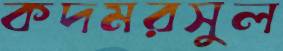
কদমরসুল